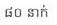
៨០ នាក់